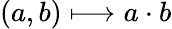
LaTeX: (a,b)\longmapsto a\cdot b